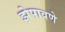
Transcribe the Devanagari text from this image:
झेपावणे